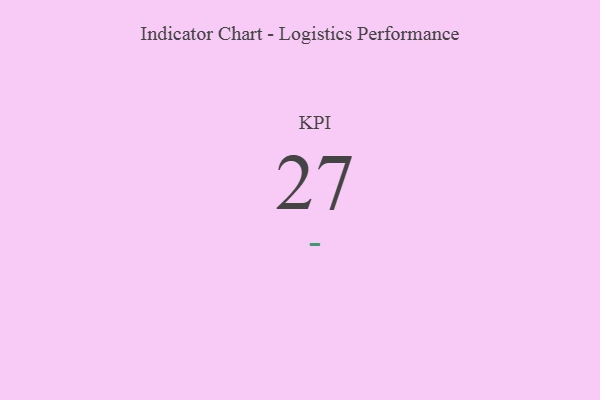
{"axis": {"x": "KPI", "y": "Value"}, "legend": [""], "data": [{"x": "KPI", "y": 27, "type": ""}]}